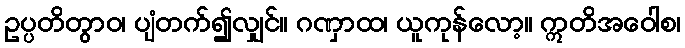
ဥပ္ပတိတွာဝ၊ ပျံတက်၍လျှင်။ ဂဏှာထ၊ ယူကုန်လော့။ ဣတိအဝေါစ၊